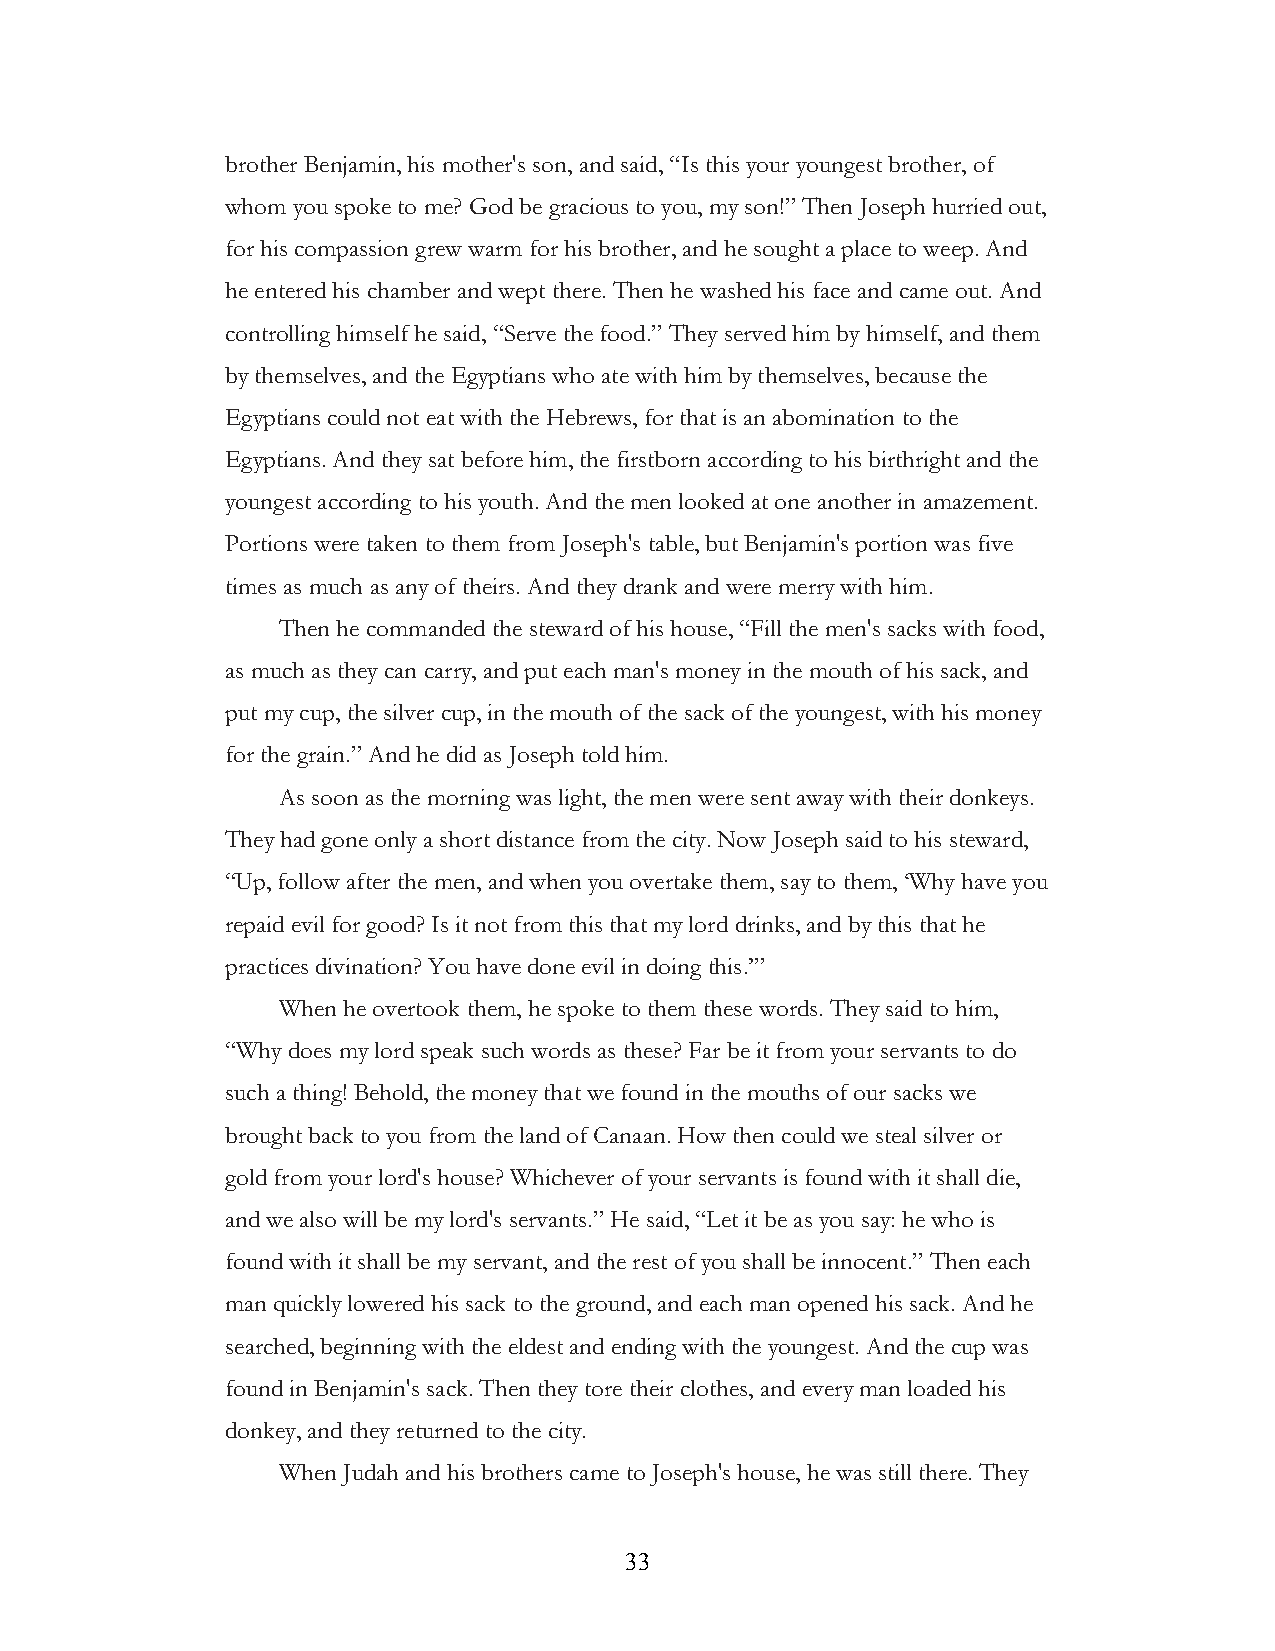
brother Benjamin, his mother's son, and said, “Is this your youngest brother, of
 whom you spoke to me? God be gracious to you, my son!” Then Joseph hurried out,
 for his compassion grew warm for his brother, and he sought a place to weep. And
 he entered his chamber and wept there. Then he washed his face and came out. And
 controlling himself he said, “Serve the food.” They served him by himself, and them
 by themselves, and the Egyptians who ate with him by themselves, because the
 Egyptians could not eat with the Hebrews, for that is an abomination to the
 Egyptians. And they sat before him, the firstborn according to his birthright and the
 youngest according to his youth. And the men looked at one another in amazement.
 Portions were taken to them from Joseph's table, but Benjamin's portion was five
 times as much as any of theirs. And they drank and were merry with him.
 Then he commanded the steward of his house, “Fill the men's sacks with food,
 as much as they can carry, and put each man's money in the mouth of his sack, and
 put my cup, the silver cup, in the mouth of the sack of the youngest, with his money
 for the grain.” And he did as Joseph told him.
 As soon as the morning was light, the men were sent away with their donkeys.
 They had gone only a short distance from the city. Now Joseph said to his steward,
 “Up, follow after the men, and when you overtake them, say to them, ‘Why have you
 repaid evil for good? Is it not from this that my lord drinks, and by this that he
 practices divination? You have done evil in doing this.’”
 When he overtook them, he spoke to them these words. They said to him,
 “Why does my lord speak such words as these? Far be it from your servants to do
 such a thing! Behold, the money that we found in the mouths of our sacks we
 brought back to you from the land of Canaan. How then could we steal silver or
 gold from your lord's house? Whichever of your servants is found with it shall die,
 and we also will be my lord's servants.” He said, “Let it be as you say: he who is
 found with it shall be my servant, and the rest of you shall be innocent.” Then each
 man quickly lowered his sack to the ground, and each man opened his sack. And he
 searched, beginning with the eldest and ending with the youngest. And the cup was
 found in Benjamin's sack. Then they tore their clothes, and every man loaded his
 donkey, and they returned to the city.
 When Judah and his brothers came to Joseph's house, he was still there. They
 !                         33